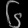
Digit: ၆